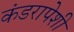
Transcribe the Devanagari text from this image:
कंडरापेशी